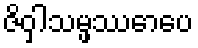
ဇိဝှါသမ္ဖဿောပေ